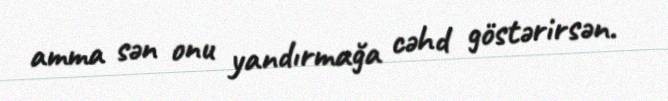
amma sən onu yandırmağa cəhd göstərirsən.